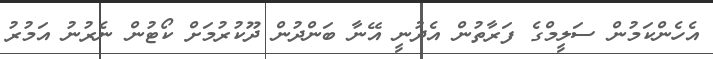
އެހެންކަމުން ސަލީމްގެ ފަރާތުން އެދުނީ އޭނާ ބަންދުން ދޫކުރުމަށް ކޯޓުން ނެރުނު އަމުރު